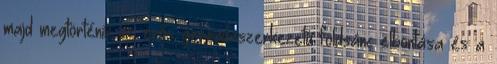
majd megtörténik az erős gerendaszerkezetű földsánc elbontása és a